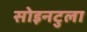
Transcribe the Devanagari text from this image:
सोइनटुला